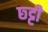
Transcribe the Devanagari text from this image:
छ्ट्टी